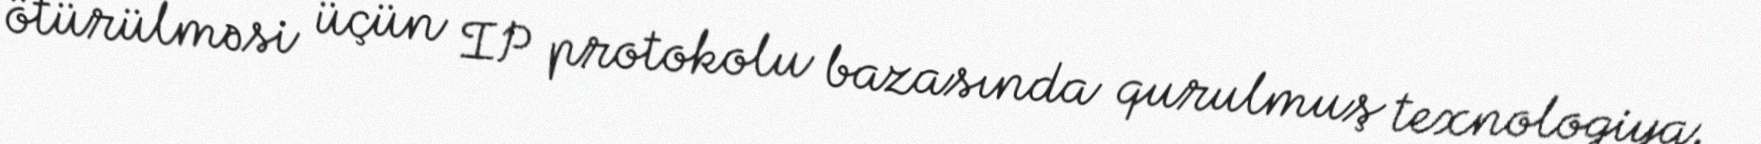
ötürülməsi üçün IP protokolu bazasında qurulmuş texnologiya.